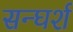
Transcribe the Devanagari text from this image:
सन्घर्श